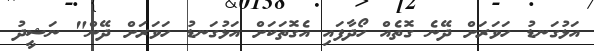
އަޅުގަނޑު ހަވަރަށް ދޭނެ ގޮތެއް ހޯދާފައި އެގޮތަކަށް އަޅުގަނޑު ހަވަރަށް ދޭން" ނަޝީދު